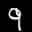
Label: 9